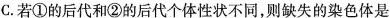
C.若①的后代和②的后代个体性状不同，则缺失的染色体是